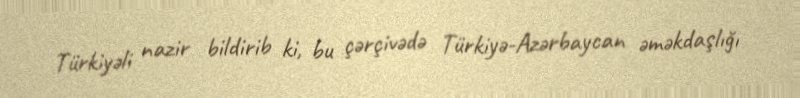
Türkiyəli nazir bildirib ki, bu çərçivədə Türkiyə-Azərbaycan əməkdaşlığı